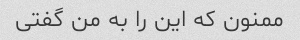
ممنون که این را به من گفتی